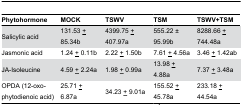
<table><thead><tr><td><b>Phytohormone</b></td><td><b>MOCK</b></td><td><b>TSWV</b></td><td><b>TSM</b></td><td><b>TSWV+TSM</b></td></tr></thead><tbody><tr><td>Salicylic acid</td><td>131.53 <underline>+</underline> 85.34b</td><td>4399.75 <underline>+</underline> 407.97a</td><td>555.22 ± 95.99b</td><td>8288.66 <underline>+</underline> 744.48a</td></tr><tr><td>Jasmonic acid</td><td>1.24 <underline>+</underline> 0.11b</td><td>2.22 <underline>+</underline> 1.50b</td><td>7.61 <underline>+</underline> 4.56a</td><td>3.46 <underline>+</underline> 1.42ab</td></tr><tr><td>JA-Isoleucine</td><td>4.59 <underline>+</underline> 2.24a</td><td>1.98 <underline>+</underline> 0.99a</td><td>13.98 <underline>+</underline> 4.88a</td><td>7.37 <underline>+</underline> 3.48a</td></tr><tr><td>OPDA (12-oxo-phytodienoic acid)</td><td>25.71 <underline>+</underline> 6.87a</td><td>34.23 <underline>+</underline> 9.01a</td><td>155.52 <underline>+</underline> 45.78a</td><td>233.18 <underline>+</underline> 44.54a</td></tr></tbody></table>